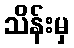
သိန်းမှ